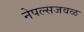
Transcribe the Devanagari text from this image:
नेपल्सजवळ